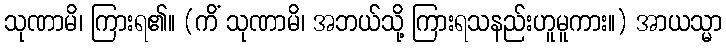
သုဏာမိ၊ ကြားရ၏။ (ကိံ သုဏာမိ၊ အဘယ်သို့ ကြားရသနည်းဟူမူကား။) အာယသ္မာ